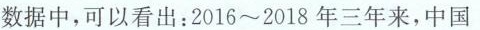
数据中，可以看出：2016~2018年三年来，中国